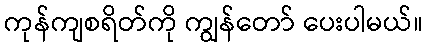
ကုန်ကျစရိတ်ကို ကျွန်တော် ပေးပါမယ်။